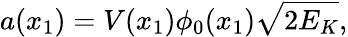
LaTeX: a(x_{1})=V(x_{1})\phi_{0}(x_{1})\sqrt{2E_{K}},